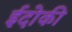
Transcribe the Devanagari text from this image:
ईदोकी